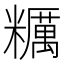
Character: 糲